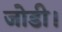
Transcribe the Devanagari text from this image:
जोडी।